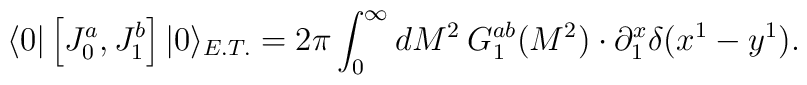
\langle 0|\left[J^{a}_{0},J^{b}_{1}\right]|0\rangle_{E.T.}= 2\pi \int_{0}^{\infty}{dM^{2}\:G^{ab}_{1}(M^{2})}\cdot\partial^{x}_{1} \delta(x^{1}-y^{1}).